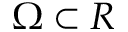
\Omega \subset R